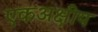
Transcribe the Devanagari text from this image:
एकअक्षीय